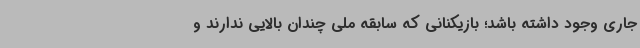
جاری وجود داشته باشد؛ بازیکنانی که سابقه ملی چندان بالایی ندارند و